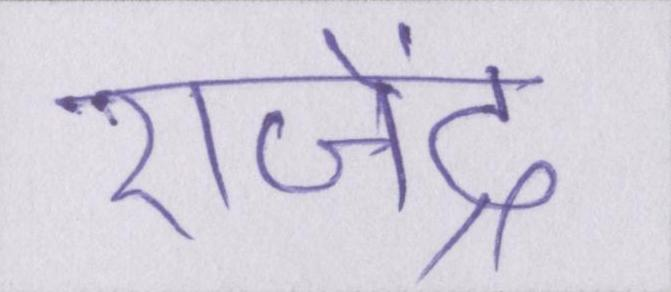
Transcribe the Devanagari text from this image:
राजेंद्र